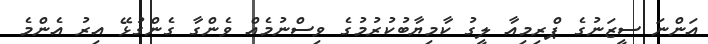
އަންނަ ސީޒަނުގެ ޕްރިމިއާ ލީގު ކާމިޔާބުކުރުމުގެ ވިސްނުމެއް ވެންގާ ގެންގުޅޭ އިރު އެންމެ